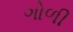
ગોળી